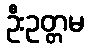
ဦးဥတ္တမ